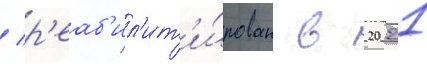
/ р'еаб'ил'ит'и́рован в 2021